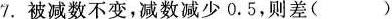
7.被减数不变，减数减少0.5，则差( )